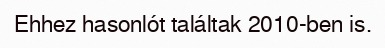
Ehhez hasonlót találtak 2010-ben is.